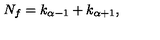
N _ { f } = k _ { \alpha - 1 } + k _ { \alpha + 1 } ,